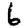
Digit: 6